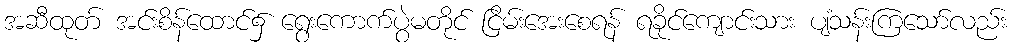
အဆီထုတ် အင်းစိန်ထောင်၌ ရွေးကောက်ပွဲမတိုင် ငြိမ်းအေးစေရန် ရခိုင်ကျောင်းသား ပျံသန်းကြသော်လည်း